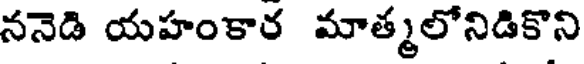
ననెడి యహంకార మాత్మలోనిడికొని